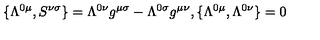
\{ \Lambda ^ { 0 \mu } , S ^ { \nu \sigma } \} = \Lambda ^ { 0 \nu } g ^ { \mu \sigma } - \Lambda ^ { 0 \sigma } g ^ { \mu \nu } , \{ \Lambda ^ { 0 \mu } , \Lambda ^ { 0 \nu } \} = 0